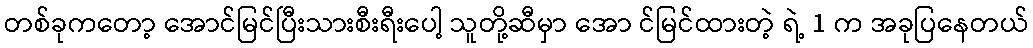
တစ်ခုကတော့ အောင်မြင်ပြီးသားစီးရီးပေါ့ သူတို့ဆီမှာ အော င်မြင်ထားတဲ့ ရဲ့ 1 က အခုပြနေတယ်